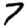
Digit: 7